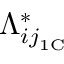
\Lambda _ { { i j } _ { \mathrm { 1 C } } } ^ { * }